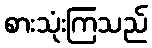
စားသုံးကြသည်